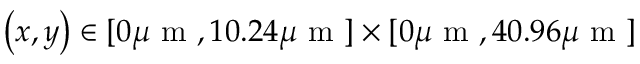
\left( x , y \right) \in [ 0 \mu \mathrm { ~ m ~ } , 1 0 . 2 4 \mu \mathrm { ~ m ~ } ] \times [ 0 \mu \mathrm { ~ m ~ } , 4 0 . 9 6 \mu \mathrm { ~ m ~ } ]